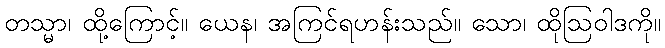
တသ္မာ၊ ထို့ကြောင့်။ ယေန၊ အကြင်ရဟန်းသည်။ သော၊ ထိုဩဝါဒကို။